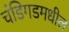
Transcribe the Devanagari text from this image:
चंडिगडमधील